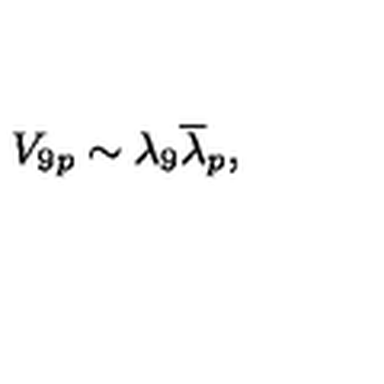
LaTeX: V _ { 9 p } \sim \lambda _ { 9 } { \overline { \lambda } } _ { p } ,